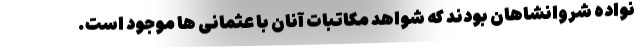
نواده شروانشاهان بودند که شواهد مکاتبات آنان با عثمانی ها موجود است.